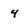
Character: 4